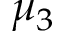
\mu _ { 3 }